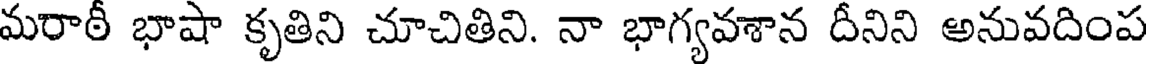
మరాఠీ భాషా కృతిని చూచితిని. నా భాగ్యవశాన దీనిని అనువదింప